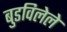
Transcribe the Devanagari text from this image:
बुडविलेले